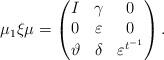
LaTeX: \begin{align*} \mu_1\xi\mu = \begin{pmatrix} I&\gamma&0\\ 0&\varepsilon&0\\ \vartheta&\delta&\varepsilon^{t^{-1}} \end{pmatrix}. \end{align*}